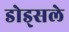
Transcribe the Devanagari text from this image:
डोड्सले